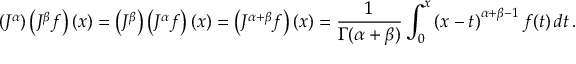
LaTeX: \left( J ^ { \alpha } \right) \left( J ^ { \beta } f \right) ( x ) = \left( J ^ { \beta } \right) \left( J ^ { \alpha } f \right) ( x ) = \left( J ^ { \alpha + \beta } f \right) ( x ) = { \frac { 1 } { \Gamma ( \alpha + \beta ) } } \int _ { 0 } ^ { x } \left( x - t \right) ^ { \alpha + \beta - 1 } f ( t ) \, d t \, .